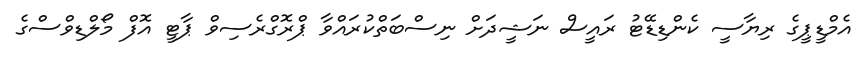
އެމްޑީޕީގެ ރިޔާސީ ކެންޑިޑޭޓު ރައީސް ނަޝީދަށް ނިސްބަތްކުރައްވާ ޕްރޮގްރެސިވް ޕާޓީ އޮފް މޯލްޑިވްސްގެ